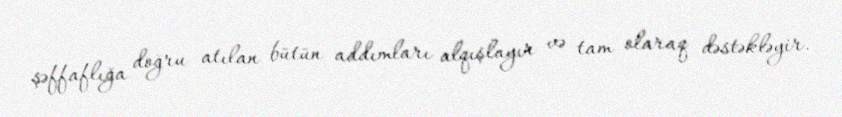
şəffaflığa doğru atılan bütün addımları alqışlayır və tam olaraq dəstəkləyir.